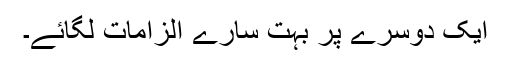
ایک دوسرے پر بہت سارے الزامات لگائے۔